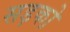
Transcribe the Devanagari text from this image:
सड़को़